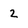
Character: 2